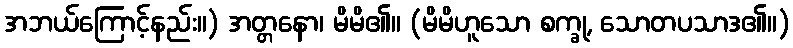
အဘယ်ကြောင့်နည်း။) အတ္တနော၊ မိမိ၏။ (မိမိဟူသော စက္ခု, သောတပသာဒ၏။)